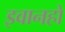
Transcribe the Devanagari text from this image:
इवानहो